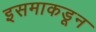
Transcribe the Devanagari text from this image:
इसमाकडून